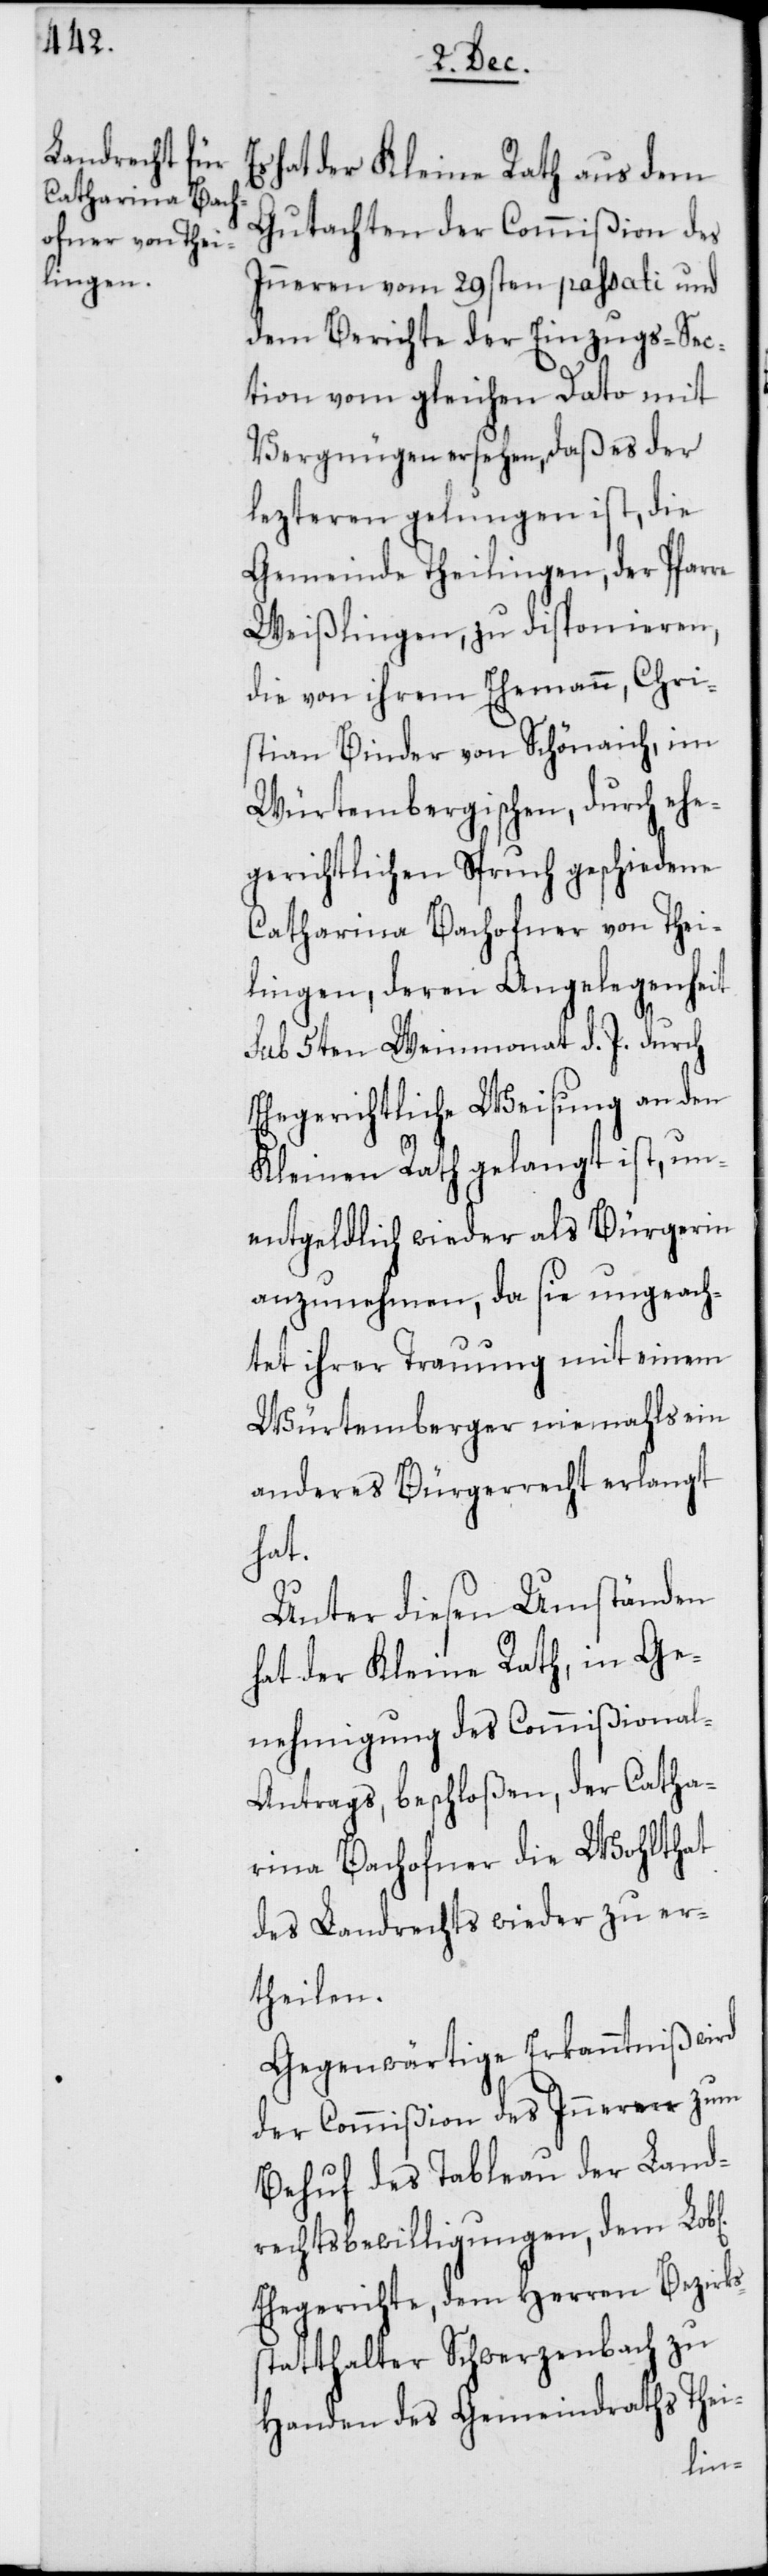
hat der Kleine Rath aus dem
Gutachten der Commißion des
Inneren vom 29sten passati und
dem Berichte der Einzugs-Sec¬
tion vom gleichen Dato mit
Vergnügen ersehen, daß es der
lezteren gelungen ist, die
Gemeinde Theilingen, der Pfarre
Weißlingen, zu disponieren,
die von ihrem Ehemann, Chri¬
stian Binder von Schönaich, im
Würtembergischen, durch ehe¬
gerichtlichen Spruch geschiedene
Catharina Bachofner von Thei¬
lingen, deren Angelegenheit
sub 5ten Weinmonat d. J. durch
Ehegerichtliche Weisung an den
Kleinen Rath gelangt ist, un¬
entgeldlich wieder als Bürgerin
anzunehmen, da sie ungeach¬
tet ihrer Trauung mit einem
Würtemberger niemahls ein
anderes Bürgerrecht erlangt
hat.
Unter diesen Umständen
hat der Kleine Rath, in Ge¬
nehmigung des Commißional-A¬
ntrags, beschloßen, der Catha¬
rina Bachofner die Wohlthat
des Landrechts wieder zu er¬
theilen.
Gegenwärtige Erkanntniß wird
der Commißion des Inneren zum
Behuf des Tableau der Land¬
rechtsbewilligungen, dem Lob[l¬
Ehegerichte, dem Herren Bezirks¬
statthalter Schwerzenbach, zu
Handen des Gemeindraths Thei-
ichen]